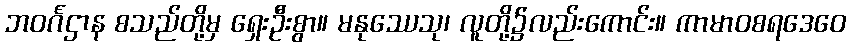
ဘဝင်္ဂဌာန စသည်တို့မှ ရှေးဦးစွာ။ မနုဿေသု၊ လူတို့၌လည်းကောင်း။ ကာမာဝစရဒေဝေ